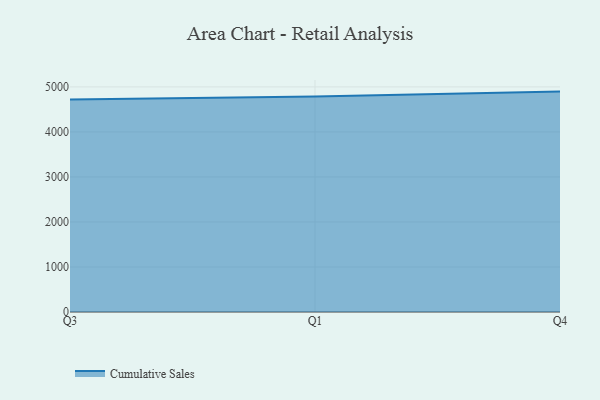
{"axis": {"x": "Quarter", "y": "Website Visitors"}, "legend": ["Cumulative Sales"], "data": [{"x": "Q3", "y": 4722.5, "type": "Cumulative Sales"}, {"x": "Q1", "y": 4788.8, "type": "Cumulative Sales"}, {"x": "Q4", "y": 4895.7, "type": "Cumulative Sales"}]}